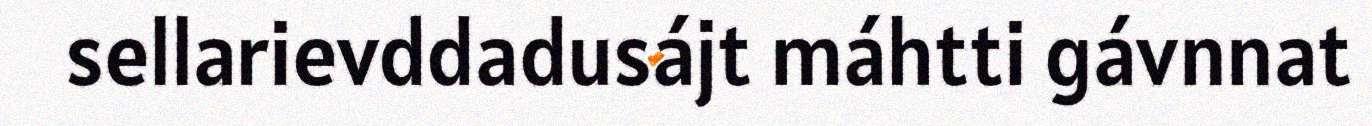
sellarievddadusájt máhtti gávnnat